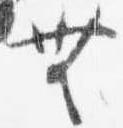
無